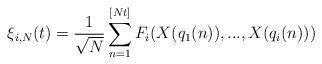
LaTeX: \begin{align*}\xi_{i,N}(t)=\frac{1}{\sqrt{N}}\sum_{n=1}^{[Nt]}F_{i}(X(q_{1}(n)),...,X(q_{i}(n)))\end{align*}